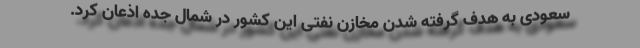
سعودی به هدف گرفته شدن مخازن نفتی این کشور در شمال جده اذعان کرد.